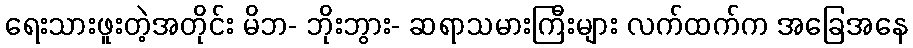
ရေးသားဖူးတဲ့အတိုင်း မိဘ- ဘိုးဘွား- ဆရာသမားကြီးများ လက်ထက်က အခြေအနေ